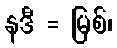
နဒီ = မြစ်၊